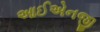
આઈએનજી